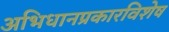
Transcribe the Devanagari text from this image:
अभिधानप्रकारविशेष